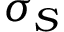
\sigma _ { S }